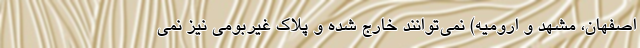
اصفهان، مشهد و ارومیه) نمی‌توانند خارج شده و پلاک غیربومی نیز نمی